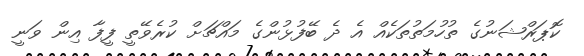
ކޮޕަރްޝަނުގެ ތުހުމަތުތަކެއް އެ ދެ ބޭފުޅުންގެ މައްޗަށް ކުރެވޭތީ ފީފާ އިން ވަނީ